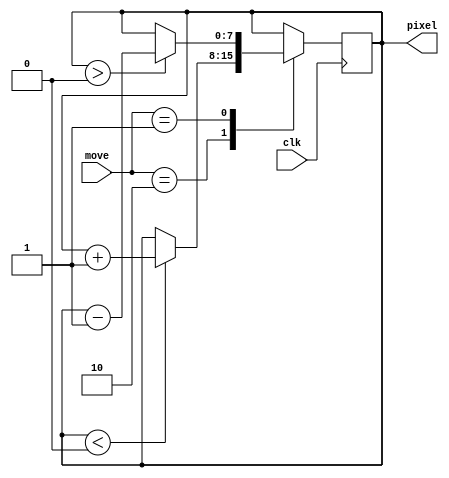
`timescale 1ns / 1ps
//////////////////////////////////////////////////////////////////////////////////
// Company: 
// Engineer: 
// 
// Design Name: 
// Module Name:    PmodCounter 
// Project Name: 
// Target Devices: 
// Tool versions: 
// Description: 
//
// Dependencies: 
//
// Revision: 
// Revision 0.01 - File Created
// Additional Comments: 
//
//////////////////////////////////////////////////////////////////////////////////
module EncCounter(
	input clk,
	input [1:0] move,
	output reg [7:0] pixel
	 );
	
	//Max number of pixels
	parameter max = 0; 
	
	always @ (posedge clk) begin
		case(move)
			2'b00: pixel <= pixel;
			
			2'b10: begin
				if(pixel < max)
					pixel <= pixel + 1'b1;
			end
			
			2'b01: begin
				if(pixel > 0)
					pixel <= pixel - 1'b1;
			end
			
			default: pixel <= pixel;
		endcase
	end

endmodule